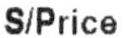
S/PRICE